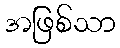
အဖြစ်သာ